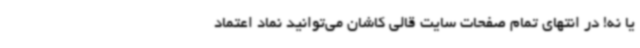
یا نه! در انتهای تمام صفحات سایت قالی کاشان می‌توانید نماد اعتماد